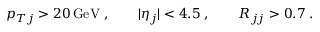
p _ { T j } > 2 0 \, \mathrm { G e V } \; , \qquad | \eta _ { j } | < 4 . 5 \; , \qquad R _ { j j } > 0 . 7 \; .